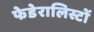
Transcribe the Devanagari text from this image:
फेडेरालिस्टों